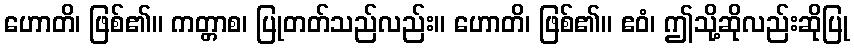
ဟောတိ၊ ဖြစ်၏။ ကတ္တာစ၊ ပြုတတ်သည်လည်း။ ဟောတိ၊ ဖြစ်၏။ ဧဝံ၊ ဤသို့ဆိုလည်းဆိုပြု